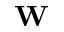
\mathbf { W }